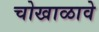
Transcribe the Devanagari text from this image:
चोखाळावे